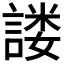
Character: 𰵂